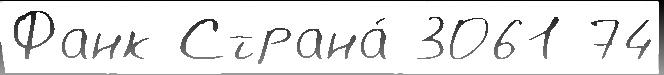
Фанк Страна́ 3061 74